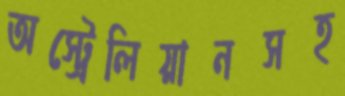
অস্ট্রেলিয়ানসহ